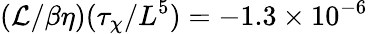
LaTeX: (\mathcal{L}/\beta\eta)(\tau_{\chi}/L^{5})=-1.3\times 10^{-6}